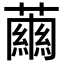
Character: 𧁥